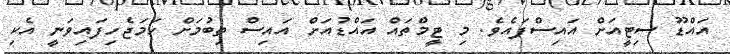
އައްޑޫ ސިޓީއަށް އައިސްފައެވެ. މި ޓީމްތައް އައްޑުއަށް އައިސް ތިބުމަށް ހަމަޖެހިފައިވަނީ އެކި